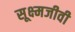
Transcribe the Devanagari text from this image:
सूक्ष्‍मजीवी